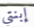
إبنتي